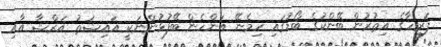
ފަރީހާގެ އިތުރުން ބޭންކުގެ ބޯޑުގައި ހިމެނޭ އަންހެން ބޭފުޅުންނަކީ އައިޝަތު އަރްޝާ އާއި